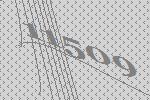
11509